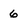
Character: 6